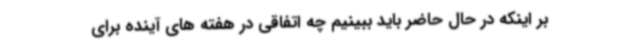
بر اینکه در حال حاضر باید ببینیم چه اتفاقی در هفته های آینده برای